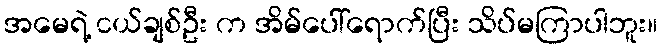
အမေရဲ့ ငယ်ချစ်ဦး က အိမ်ပေါ်ရောက်ပြီး သိပ်မကြာပါဘူး။